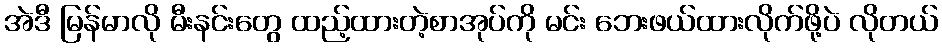
အဲဒီ မြန်မာလို မီးနင်းတွေ ထည့်ထားတဲ့စာအုပ်ကို မင်း ဘေးဖယ်ထားလိုက်ဖို့ပဲ လိုတယ်